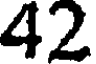
42